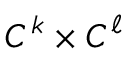
C ^ { k } \times C ^ { \ell }